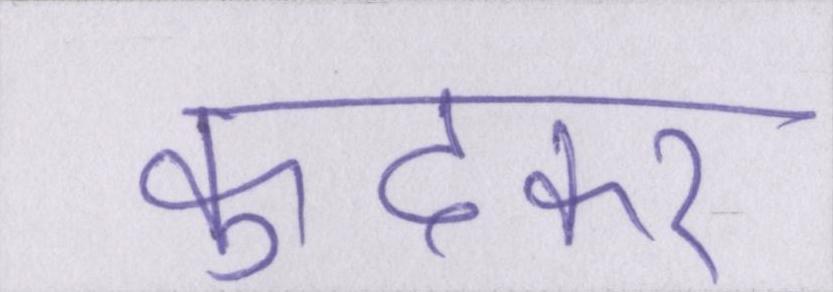
कूदकर